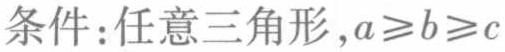
条件：任意三角形，\(a\geqslant b\geqslant c\)